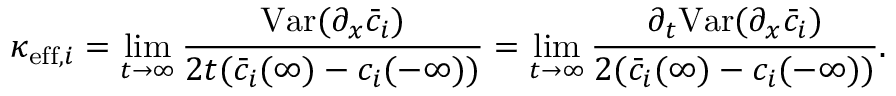
\kappa _ { \mathrm { e f f } , i } = \operatorname* { l i m } _ { t \rightarrow \infty } \frac { \mathrm { V a r } ( \partial _ { x } \bar { c } _ { i } ) } { 2 t ( \bar { c } _ { i } ( \infty ) - c _ { i } ( - \infty ) ) } = \operatorname* { l i m } _ { t \rightarrow \infty } \frac { \partial _ { t } \mathrm { V a r } ( \partial _ { x } \bar { c } _ { i } ) } { 2 ( \bar { c } _ { i } ( \infty ) - c _ { i } ( - \infty ) ) } .